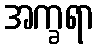
အက္ခရာ